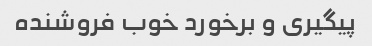
پیگیری و برخورد خوب فروشنده